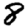
Digit: 8